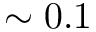
\sim 0 . 1